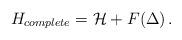
LaTeX: \begin{align*}H_{complete} = {\cal H} + F(\Delta) \, .\end{align*}